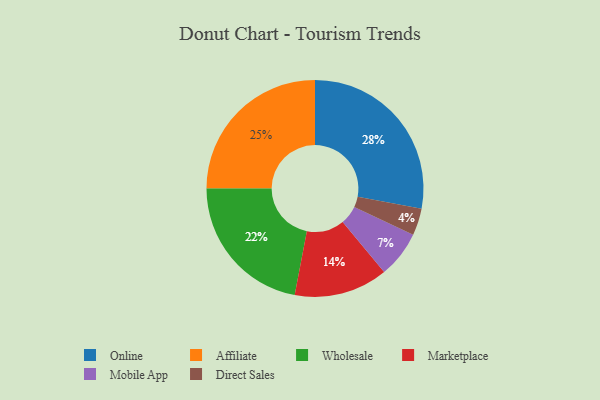
{"axis": {"x": "Category", "y": "Percentage"}, "legend": ["Affiliate", "Direct Sales", "Marketplace", "Mobile App", "Online", "Wholesale"], "data": [{"x": "Mobile App", "y": 7, "type": "Mobile App"}, {"x": "Affiliate", "y": 25, "type": "Affiliate"}, {"x": "Direct Sales", "y": 4, "type": "Direct Sales"}, {"x": "Marketplace", "y": 14, "type": "Marketplace"}, {"x": "Online", "y": 28, "type": "Online"}, {"x": "Wholesale", "y": 22, "type": "Wholesale"}]}